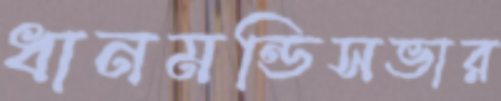
ধানমন্ডিসভার